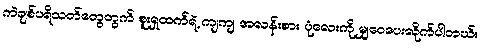
ကဲချစ်ပရိသတ်တွေတွက် စူးရှထက်ရဲ့ ကျကျ အလန်းစား ပုံလေးကို မျှဝေပေးလိုက်ပါတယ်။